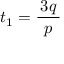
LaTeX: t _ { 1 } = { \frac { \, 3 q \, } { p } }